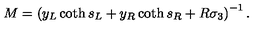
M = \left( y _ { L } \coth s _ { L } + y _ { R } \coth s _ { R } + R \sigma _ { 3 } \right) ^ { - 1 } .